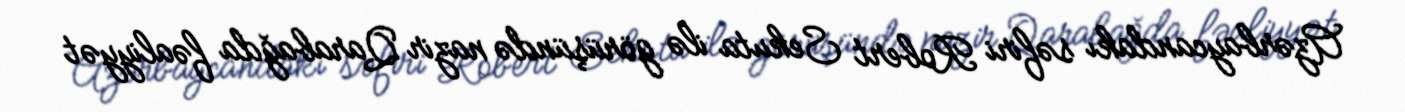
Azərbaycandakı səfiri Robert Sekuta ilə görüşündə nazir Qarabağda fəaliyyət